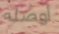
أوصله